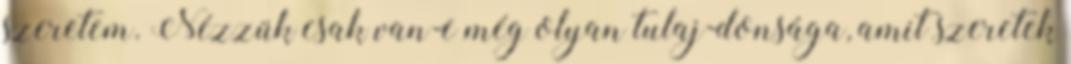
szeretem. Nézzük csak van-e még olyan tulaj-donsága, amit szeretek